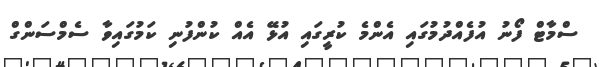
ސްމާޓް ފޯނު އުފެއްދުމުގައި އެންމެ ކުރީގައި އުޅޭ އެއް ކުންފުނި ކަމުގައިވާ ސެމްސަންގް